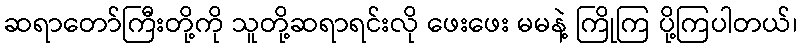
ဆရာတော်ကြီးတို့ကို သူတို့ဆရာရင်းလို ဖေးဖေး မမနဲ့ ကြိုကြ ပို့ကြပါတယ်၊